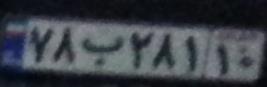
۷۸ب۲۸۱‍۱۰